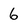
Character: 6